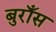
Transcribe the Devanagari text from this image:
बुराँस